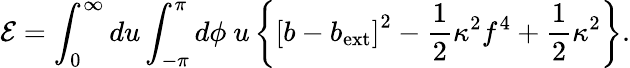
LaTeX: {\cal E}=\int_{0}^{\infty}du\int_{-\pi}^{\pi}d\phi\ u\left\{ \left[b-b_{\mathrm{ext}}\right]^{2}-\frac{1}{2}\kappa^{2}f^{4}+\frac{1}{2}\kappa^{2}\right\} .